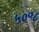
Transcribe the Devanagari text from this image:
५०॰८